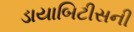
ડાયાબિટીસની